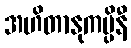
အဟိတာနုကမ္ပိနီ